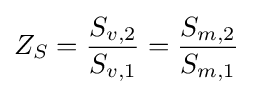
Z_{S}={\frac {S_{v,2}}{S_{v,1}}}={\frac {S_{m,2}}{S_{m,1}}}